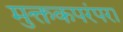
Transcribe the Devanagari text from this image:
मुक्तकपरंपरा